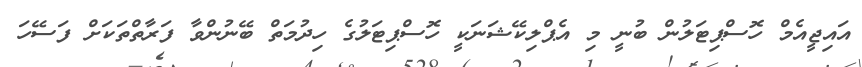
އައިޖީއެމް ހޮސްޕިޓަލުން ބުނީ މި އެޕްލިކޭޝަނަކީ ހޮސްޕިޓަލުގެ ހިދުމަތް ބޭނުންވާ ފަރާތްތަކަށް ފަސޭހަ